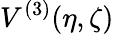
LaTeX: V^{(3)}(\eta,\zeta)